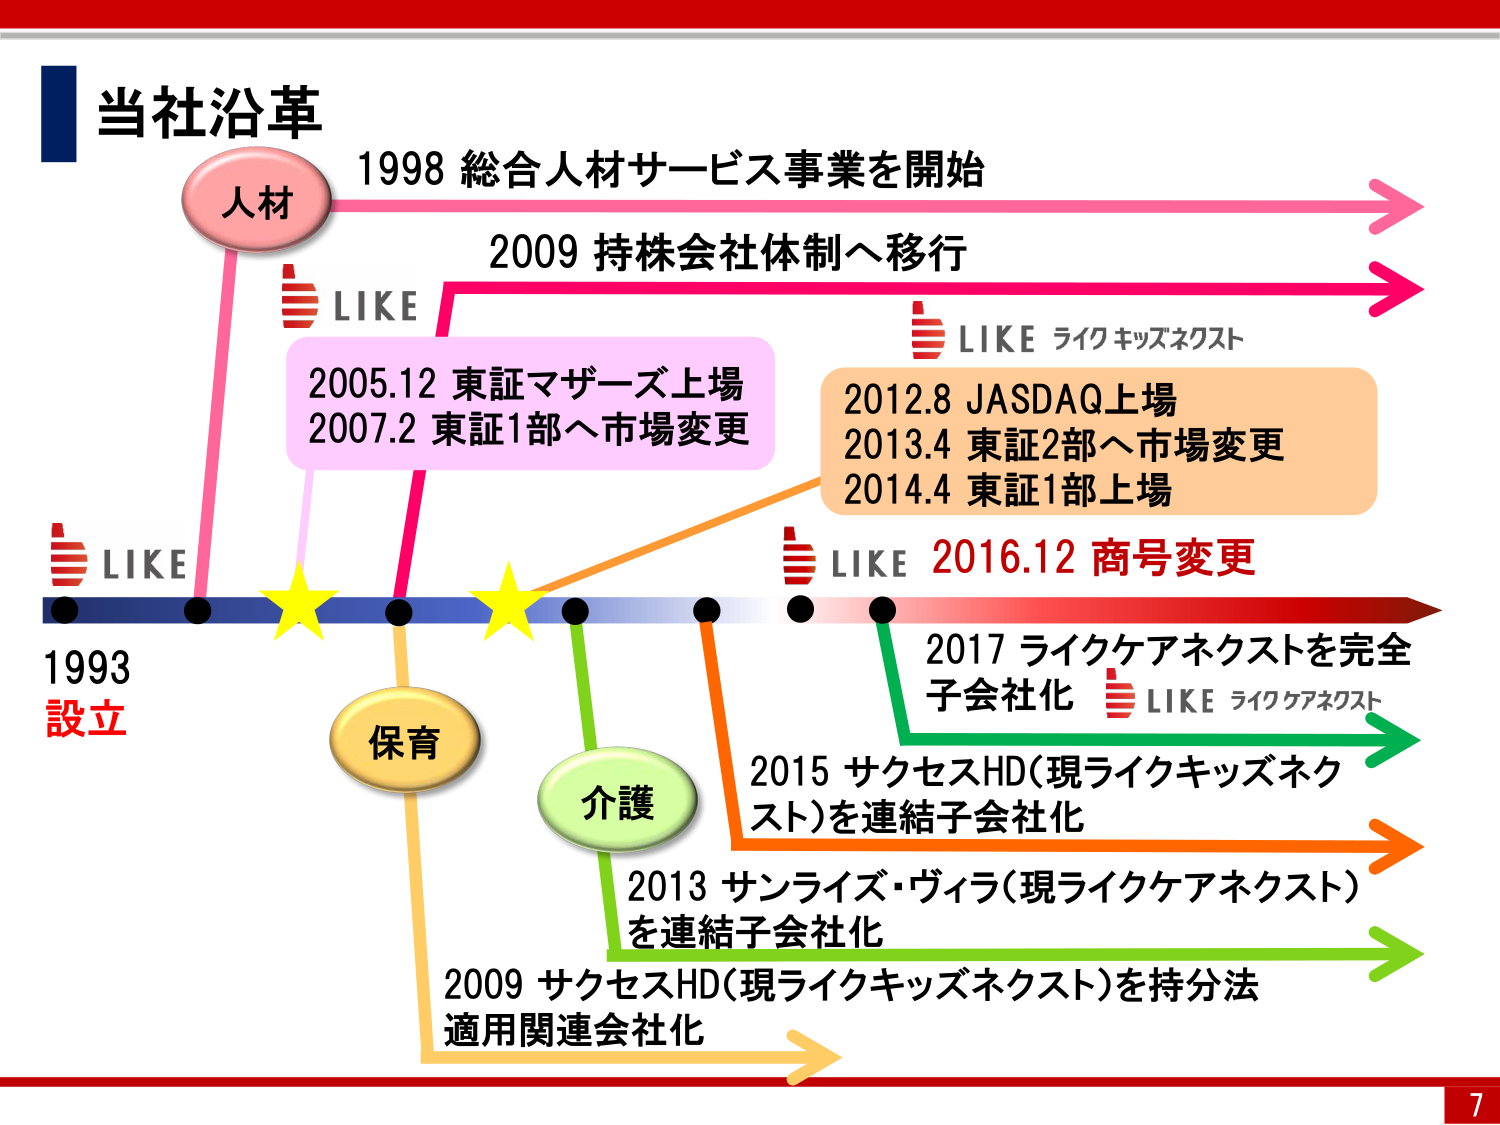
当社沿革
人材
1998 総合人材サービス事業を開始
2009 持株会社体制へ移行
LIKE
2005.12 東証マザーズ上場
2007.2 東証1部へ市場変更
LIKE ライクキッズネクスト
2012.8 JASDAQ上場
2013.4 東証2部へ市場変更
2014.4 東証1部上場
LIKE
1993
設立
保育
介護
LIKE 2016.12 商号変更
2017 ライクケアネクストを完全
子会社化 LIKE ライクケアネクスト
2015 サクセスHD（現ライクキッズネクスト）を連結子会社化
2013 サンライズ・ヴィラ（現ライクケアネクスト）
を連結子会社化
2009 サクセスHD（現ライクキッズネクスト）を持分法
適用関連会社化
7